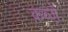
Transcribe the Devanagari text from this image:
क़ब्जे़